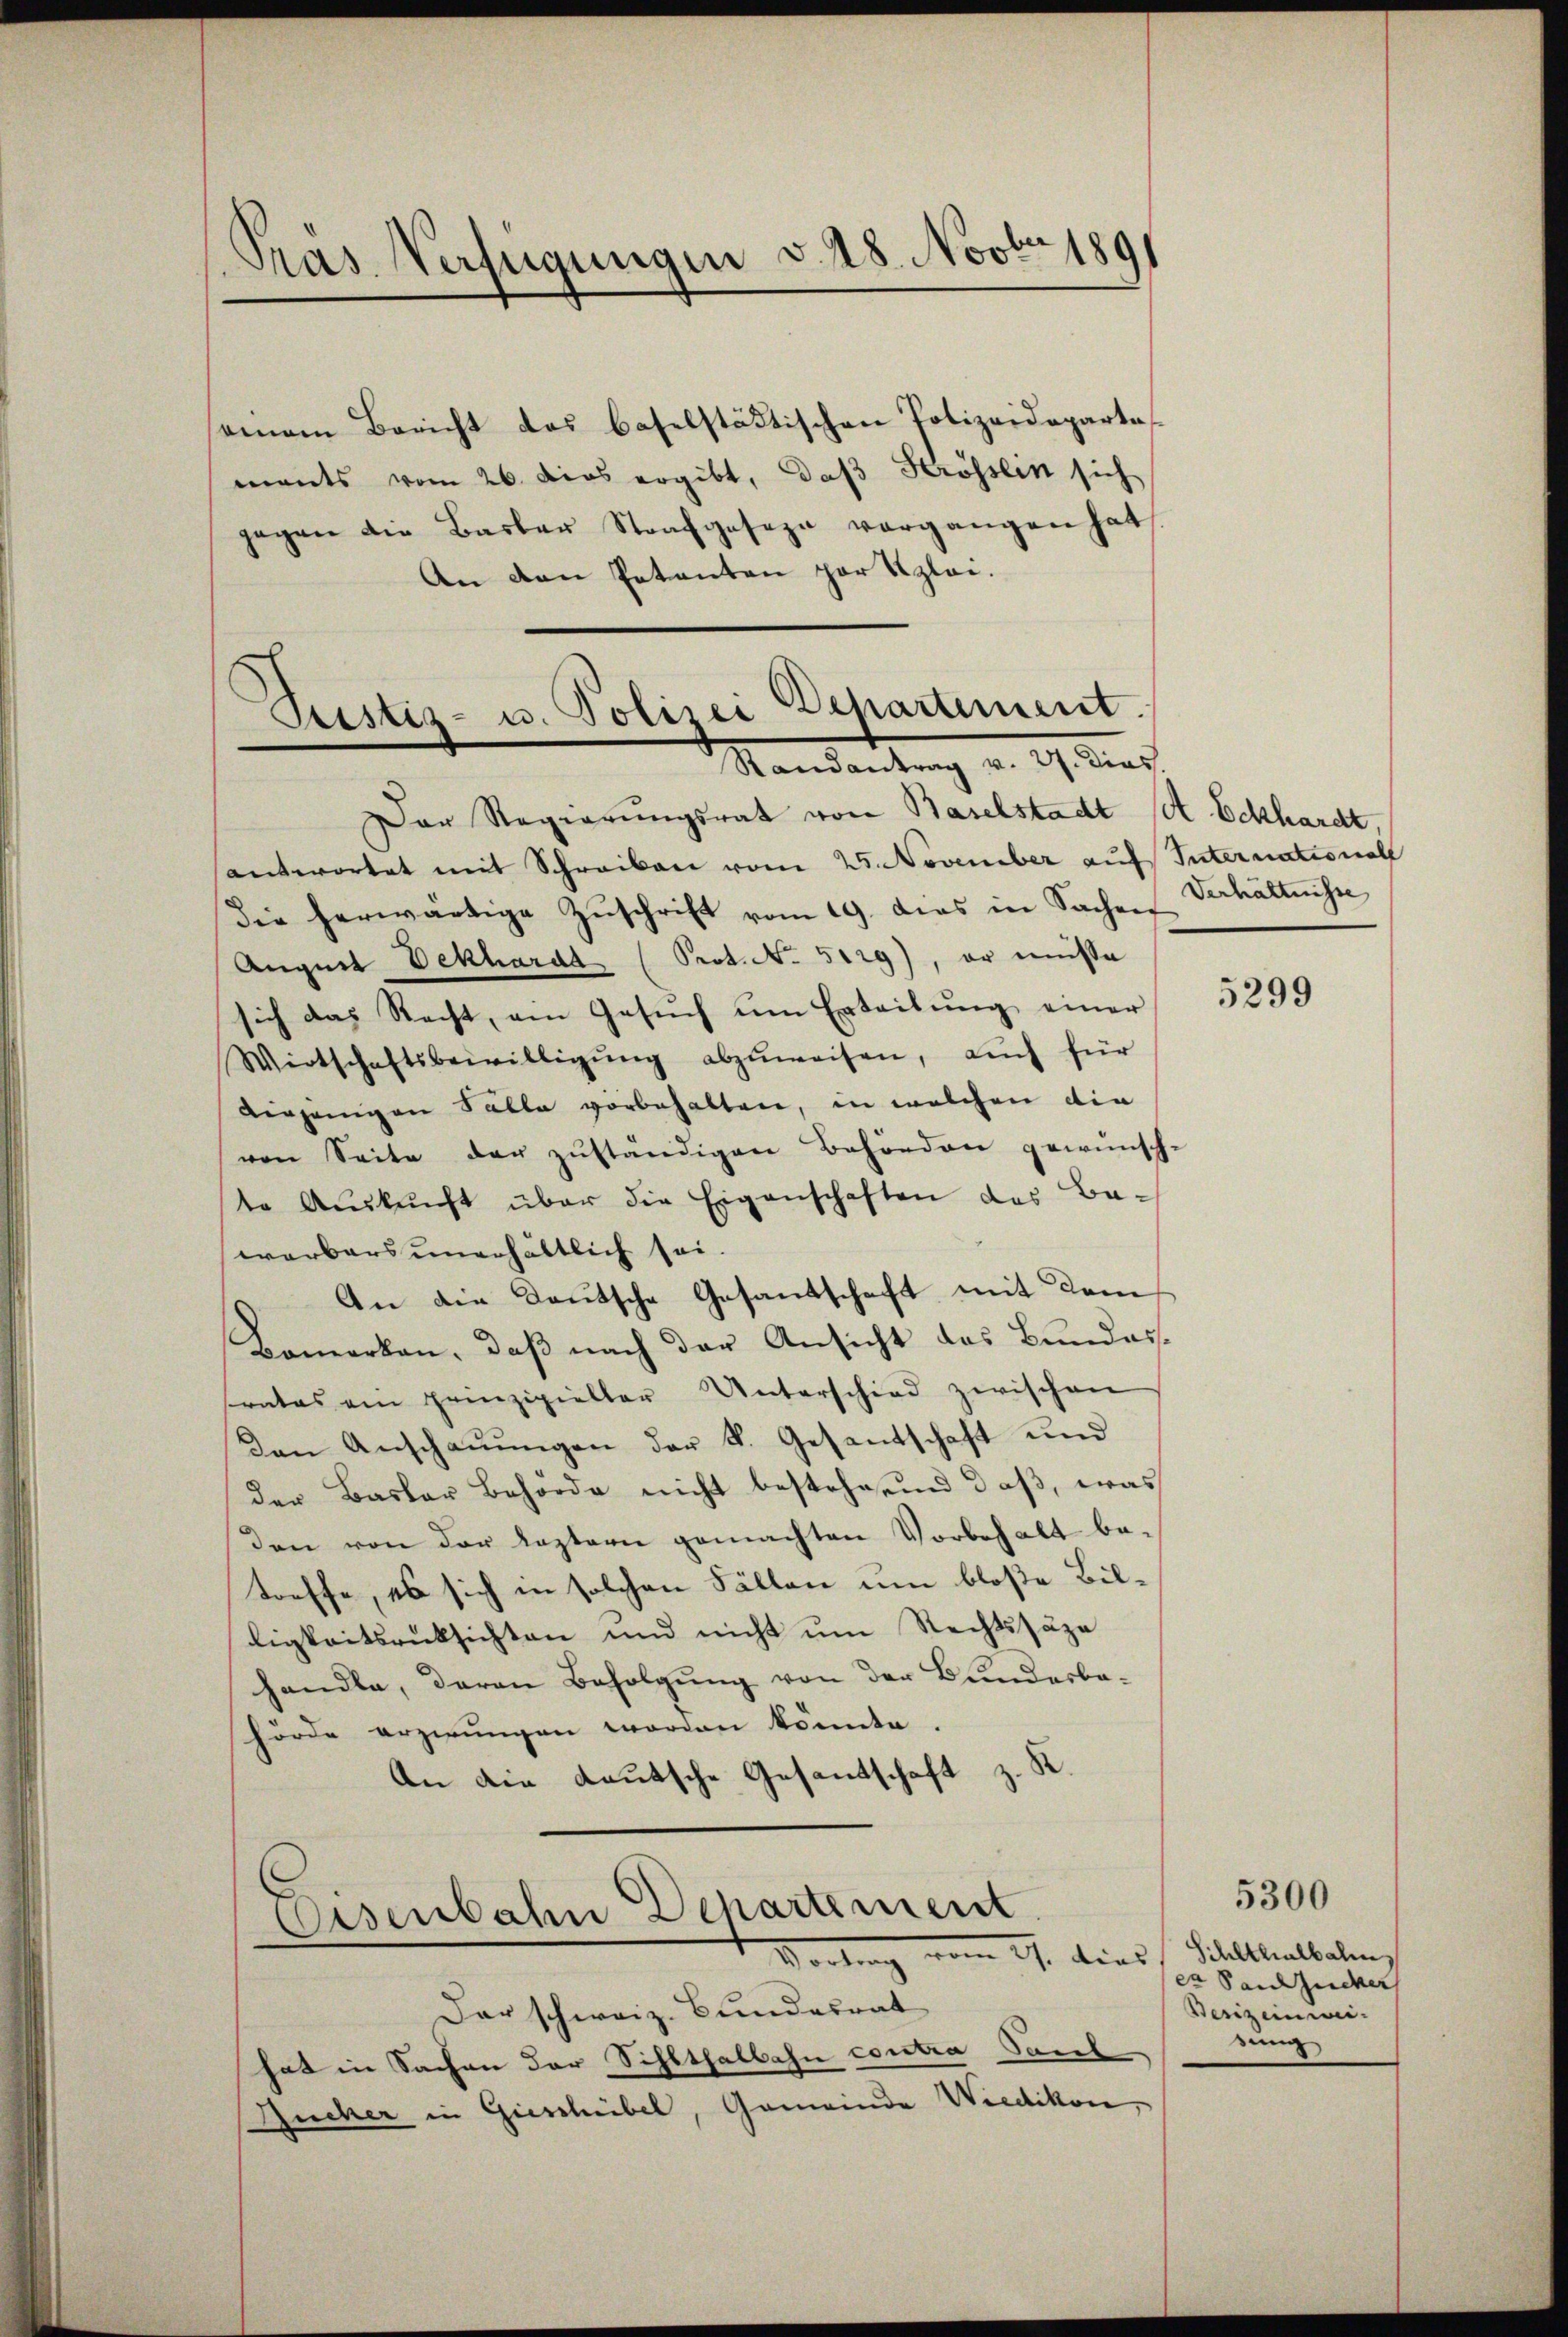
Pras Verfügungen v. 18. Novbr 189

einem Bericht das baselstädtischen Polizeideparte
mants vom 26. dies ergibt, daß Krösslin sich
jagen die Basler Strafgeseze vergangen hat
An den Petenten par Szlei.

Justiz- u. Polizei Departement.
Randantrag v. 27. Dies.

Der Regierŭngsrat von Baselstadt lit. Eckhardt.
antwortet mit Schreiben vom 25. November auf International
die herwärtige Zŭschrift vom 19. das in Sachen Verhältnisse
August Dekharda (Prot. No 5129), er müsse
sich das Recht, am Gesŭch um Erteilung einer
Wirtschaftsbewilligŭng abzŭweisen, auch für
diejenigen Solle vorbehalten, in welchen die
ven Seite der zŭständigen Behörden gewünsch-
te Aŭskŭnft über die Eigenschaften des Be-
warbars unerhältlich sei.
An die Deutsche Gesandschaft mit dem
Bemerken, daß nach der Ansicht das Bundesrates am Prinzipieller Unterschied zwischen
Den Anschaŭŭngen der V. Gesandtschaft und
der Basler Behörde nicht bestehe, und daß, was
den von der leztern gemachten Vorbehalt be-
treffe, es sich in solchen Fällen um bloße Billigkeitsrücksichten und nicht um Rechtssäze
handle, daran Befolgung von der Bundesbehörde erzwungen worden könnte.
An die deutsche Gesandtschaft z. K.
Osenbahn Departement.
Vortrag vom 17. Dies  Sittelalteten,
Der schweiz. Bundesrat
hat in Sachen der Sihlthalbahn contra Saul
Bucher in Gieschiebel, Gemeinde Wiedikon,

5299

5300
ex Sandzucker
Besizeinwi
sung